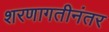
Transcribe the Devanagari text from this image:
शरणागतीनंतर